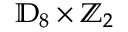
\mathbb { D } _ { 8 } \times \mathbb { Z } _ { 2 }